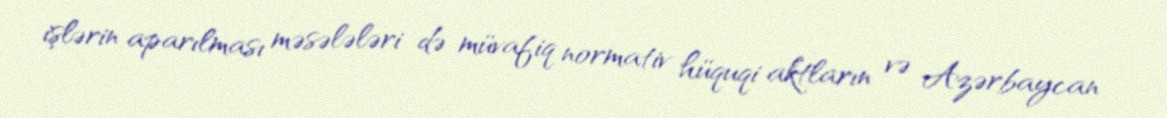
işlərin aparılması məsələləri də müvafiq normativ hüquqi aktların və Azərbaycan